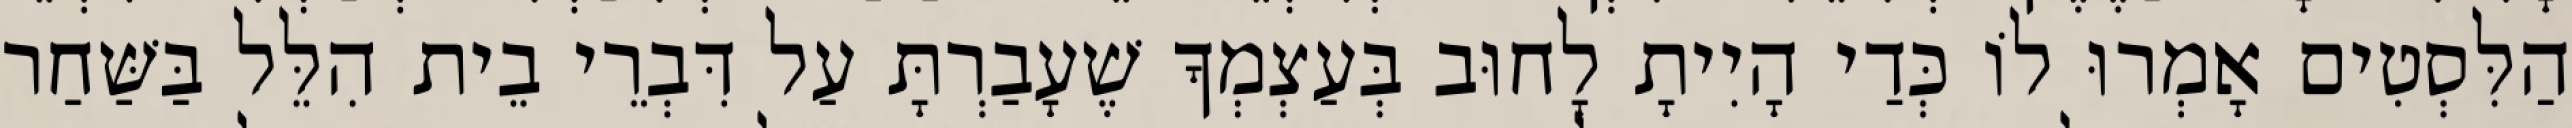
הַלִּסְטִים אָמְרוּ לוֹ כְּדַי הָיִיתָ לָחוּב בְּעַצְמְךָ שֶׁעָבַרְתָּ עַל דִּבְרֵי בֵית הִלֵּל בַּשַּׁחַר